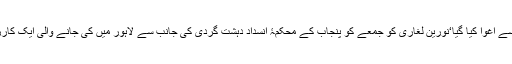
’میری بیٹی انتہا پسند نہیں، اسے اغوا کیا گیا‘نورین لغاری کو جمعے کو پنجاب کے محکمۂ انسدادِ دہشت گردی کی جانب سے لاہور میں کی جانے والی ایک کارروائی میں گرفتار کیا گیا تھا۔